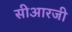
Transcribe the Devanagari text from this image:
सीआरजी